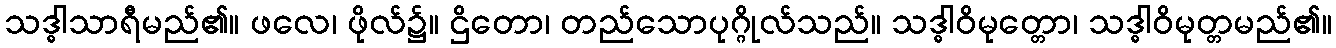
သဒ္ဓါသာရီမည်၏။ ဖလေ၊ ဖိုလ်၌။ ဌိတော၊ တည်သောပုဂ္ဂိုလ်သည်။ သဒ္ဓါဝိမုတ္တော၊ သဒ္ဓါဝိမုတ္တမည်၏။